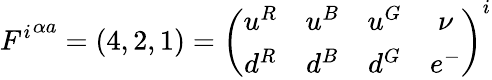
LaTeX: {F^{i}}^{\alpha a}=(4,2,1)=\left(\begin{array}{cccc}{{u^{R}}}&{{u^{B}}}&{{u^{G}}}&{{\nu}}\\ {{d^{R}}}&{{d^{B}}}&{{d^{G}}}&{{e^{-}}}\end{array}\right)^{i}